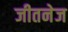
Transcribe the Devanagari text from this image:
जीतनेज